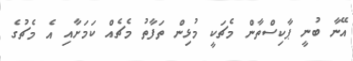
އޭނާ ބުނީ ޕާކިސްތާން މެޗަކީ މުޅިން ތަފާތު މެޗެއް ކަމަށާއި އެ މެޗުގެ